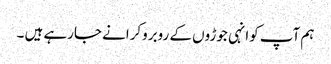
ہم آپ کوانہی جوڑوں کے روبروکرانے جارہے ہیں ۔